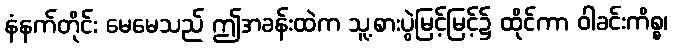
နံနက်တိုင်း မေမေသည် ဤအခန်းထဲက သူ့စားပွဲမြင့်မြင့်၌ ထိုင်ကာ ဝါခင်းကိစ္စ၊